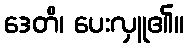
ဒေတိ၊ ပေးလှူ၏။